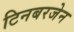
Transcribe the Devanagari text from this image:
टिनबरजेन